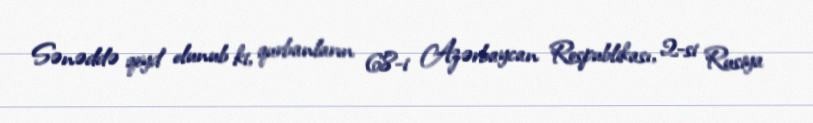
Sənəddə qeyd olunub ki, qurbanların 68-i Azərbaycan Respublikası, 2-si Rusiya